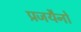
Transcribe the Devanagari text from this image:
प्रजयैनो